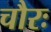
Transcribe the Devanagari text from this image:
चौरः